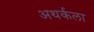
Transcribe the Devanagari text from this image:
अथर्कला